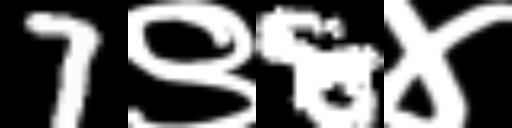
Text: 7९8४